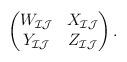
LaTeX: \begin{align*} \begin{pmatrix} W_{\mathcal{I}\mathcal{J}} & X_{\mathcal{I}\mathcal{J}} \\ Y_{\mathcal{I}\mathcal{J}} & Z_{\mathcal{I}\mathcal{J}} \end{pmatrix}.\end{align*}